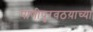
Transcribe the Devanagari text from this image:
पाणीपुरवठय़ाच्या